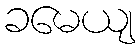
ခမေယျ